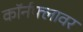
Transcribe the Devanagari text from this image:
कॉर्नफ्लावर